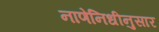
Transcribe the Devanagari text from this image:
नाणेनिधीनुसार